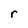
Character: r